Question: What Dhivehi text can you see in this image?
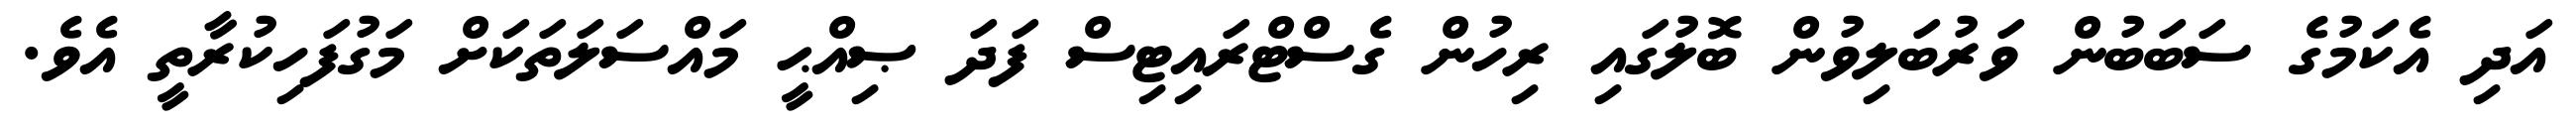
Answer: އަދި އެކަމުގެ ސަބަބުން ވަރުބަލިވުން ބޮލުގައި ރިހުން ގެސްޓްރައިޓިސް ފަދަ ޞިއްޙީ މައްސަލަތަކަށް މަގުފަހިކުރާތީ އެވެ.